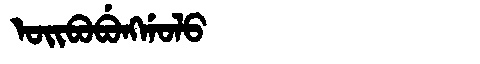
Manchu: ᠣᡳᠪᠣᠪᡠᠩᡤᠣᠯᠣ
Romanization: OIBOBUNGGOLO